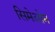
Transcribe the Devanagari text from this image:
सिमेओन